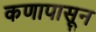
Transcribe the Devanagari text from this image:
कणापासून